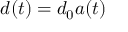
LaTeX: d ( t ) = d _ { 0 } a ( t )